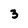
Character: 3